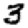
Digit: 3